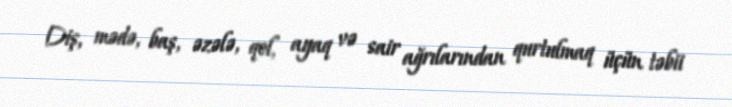
Diş, mədə, baş, əzələ, qol, ayaq və sair ağrılarından qurtulmaq üçün təbii